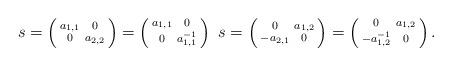
LaTeX: \begin{align*} s = \left( \begin{smallmatrix} a_{1,1} & 0 \\ 0 & a_{2,2} \end{smallmatrix} \right) = \left( \begin{smallmatrix} a_{1,1} & 0 \\ 0 & a_{1,1}^{-1} \end{smallmatrix} \right) \, \, s = \left( \begin{smallmatrix} 0 & a_{1,2} \\ -a_{2,1} & 0 \end{smallmatrix} \right) = \left( \begin{smallmatrix} 0 & a_{1,2} \\ -a_{1,2}^{-1} & 0 \end{smallmatrix} \right).\end{align*}